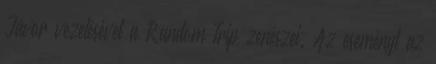
Jávor vezetésével a Random Trip zenészei. Az eseményt az